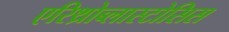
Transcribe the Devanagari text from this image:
एरिथ्रोब्लास्टोसिस